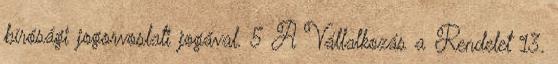
bírósági jogorvoslati jogával. 5 A Vállalkozás a Rendelet 13.